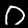
Label: 0